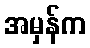
အမှန်က